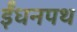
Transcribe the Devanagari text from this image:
ईंधनपथ